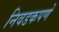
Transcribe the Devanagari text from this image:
निवडकपणे